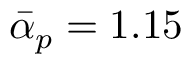
\bar { \alpha } _ { p } = 1 . 1 5